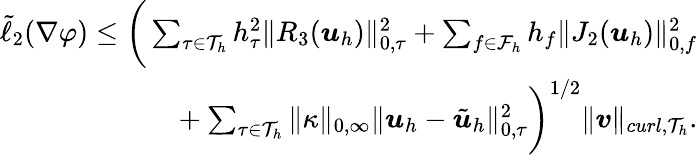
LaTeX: \begin{array}{r}{\tilde{\ell}_{2}(\nabla\varphi)\leq\bigg(\sum_{\tau\in\mathcal{T}_{h}}h_{\tau}^{2}\| R_{3}(\boldsymbol{u}_{h})\| _{0,\tau}^{2}+\sum_{f\in\mathcal{F}_{h}}h_{f}\| J_{2}(\boldsymbol{u}_{h})\| _{0,f}^{2}\bigg.}\\ {\bigg.+\sum_{\tau\in\mathcal{T}_{h}}\| \kappa\| _{0,\infty}\| \boldsymbol{u}_{h}-\tilde{\boldsymbol{u}}_{h}\| _{0,\tau}^{2}\bigg)^{1/2}\| \boldsymbol{v}\| _{curl,\mathcal{T}_{h}}.}\end{array}